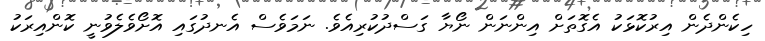
ހިކެންދެން އިރުކޮޅަކު އެގޮތަށް އިންނަން ނޯޔާ ގަސްދުކުރިއެވެ. ނަމަވެސް އެނދުގައި އޮށޯވެލެވުނީ ކޮންއިރަކު